Leprosy in India: report of the Leprosy Commission in India, 1890-91
Year: 1890
Disease focus: Leprosy
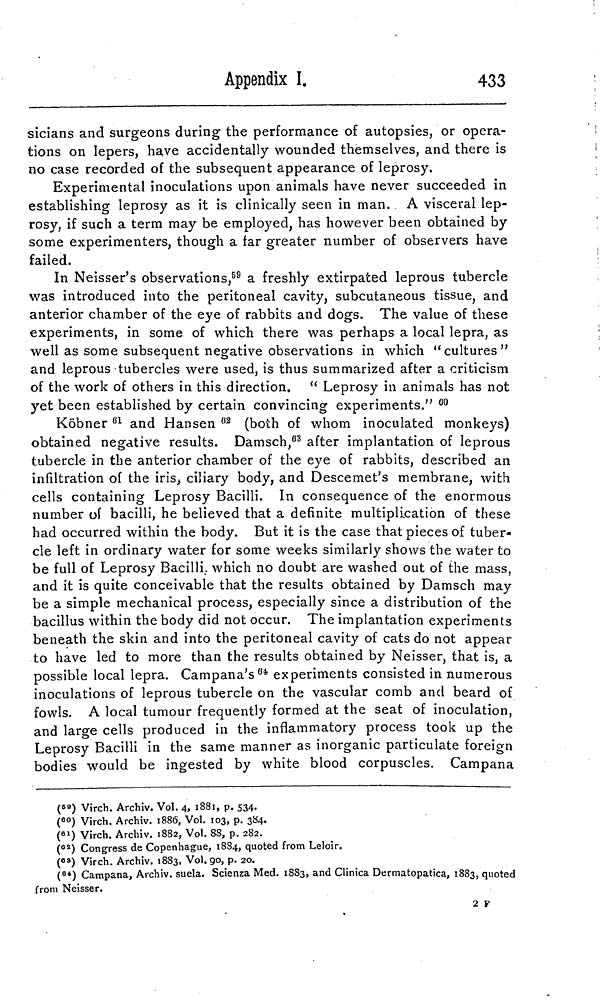
Appendix I.
433
sicians and surgeons during the performance of autopsies, or opera-
tions on lepers, have accidentally wounded themselves, and there is
no case recorded of the subsequent appearance of leprosy.
Experimental inoculations upon animals have never succeeded in
establishing leprosy as it is clinically seen in man. . A visceral lep-
rosy, if such a term may be employed, has however been obtained by
some experimenters, though a far greater number of observers have
failed.
In Neisser's observations, 59 a freshly extirpated leprous tubercle
was introduced into the peritoneal cavity, subcutaneous tissue, and
anterior chamber of the eye of rabbits and dogs. The value of these
experiments, in some of which there was perhaps a local lepra, as
well as some subsequent negative observations in which "cultures"
and leprous tubercles were used, is thus summarized after a criticism
of the work of others in this direction. " Leprosy in animals has not
yet been established by certain convincing experiments." 60
Köbner 61 and Hansen 62 (both of whom inoculated monkeys)
obtained negative results. Damsch, 03 after implantation of leprous
tubercle in the anterior chamber of the eye of rabbits, described an
infiltration of the iris, ciliary body, and Descemet's membrane, with
cells containing Leprosy Bacilli. In consequence of the enormous
number of bacilli, he believed that a definite multiplication of these
had occurred within the body. But it is the case that pieces of tuber-
cle left in ordinary water for some weeks similarly shows the water to
be full of Leprosy Bacilli, which no doubt are washed out of the mass,
and it is quite conceivable that the results obtained by Damsch may
be a simple mechanical process, especially since a distribution of the
bacillus within the body did not occur. The implantation experiments
beneath the skin and into the peritoneal cavity of cats do not appear
to have led to more than the results obtained by Neisser, that is, a
possible local lepra. Campana's 64 experiments consisted in numerous
inoculations of leprous tubercle on the vascular comb and beard of
fowls. A local tumour frequently formed at the seat of inoculation,
and large cells produced in the inflammatory process took up the
Leprosy Bacilli in the same manner as inorganic particulate foreign
bodies would be ingested by white blood corpuscles. Campana
( 59 ) Virch. Archiv. Vol. 4, 1881, p. 534.
( 60 ) Virch. Archiv. 1886, Vol. 103, p. 384.
( 61 ) Virch. Archiv. 1882, Vol. 88, p. 282.
( 62 ) Congress de Copenhague, 1884, quoted from Leloir.
( 63 ) Virch. Archiv. 1883, Vol.90, p. 20.
( 64 ) Campana, Archiv, suela. Scienza Med. 1883, and Clinica Dermatopatica, 1883, quoted
from Neisser.
2 F